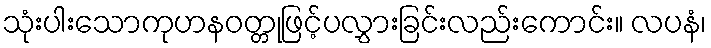
သုံးပါးသောကုဟနဝတ္တုဖြင့်ပလွှားခြင်းလည်းကောင်း။ လပနံ၊